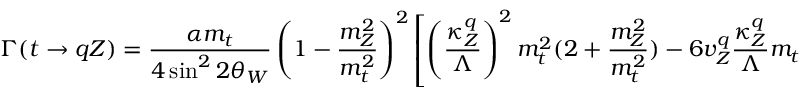
\Gamma ( t \rightarrow q Z ) = \frac { \alpha m _ { t } } { 4 \sin ^ { 2 } 2 \theta _ { W } } \left( 1 - \frac { m _ { Z } ^ { 2 } } { m _ { t } ^ { 2 } } \right) ^ { 2 } \left[ \left( \frac { \kappa _ { Z } ^ { q } } { \Lambda } \right) ^ { 2 } m _ { t } ^ { 2 } ( 2 + \frac { m _ { Z } ^ { 2 } } { m _ { t } ^ { 2 } } ) - 6 v _ { Z } ^ { q } \frac { \kappa _ { Z } ^ { q } } { \Lambda } m _ { t } + ( v _ { Z } ^ { q 2 } + a _ { Z } ^ { q 2 } ) ( 2 + \frac { m _ { t } ^ { 2 } } { m _ { Z } ^ { 2 } } ) \right]